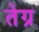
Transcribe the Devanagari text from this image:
तेग्र